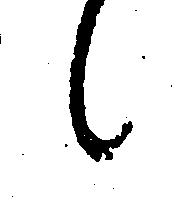
候